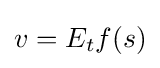
v=E_{t}f(s)